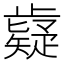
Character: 𭭷